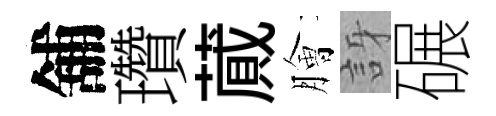
舖瓚蕆膾訝碾